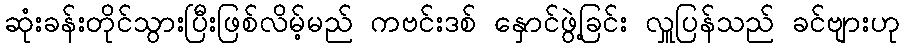
ဆုံးခန်းတိုင်သွားပြီးဖြစ်လိမ့်မည် ကဗင်းဒစ် နှောင်ဖွဲ့ခြင်း လှူပြန်သည် ခင်ဗျားဟု